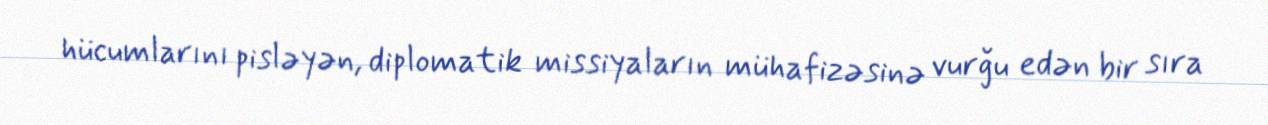
hücumlarını pisləyən, diplomatik missiyaların mühafizəsinə vurğu edən bir sıra